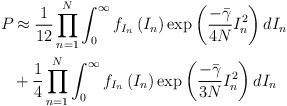
LaTeX: \begin{align*}{{P}_{}}&\approx \frac{1}{12}\prod\limits_{n=1}^{N}{\int_{0}^{\infty }{{{f}_{{{I}_{n}}}}\left( {{I}_{n}} \right)}}\exp \left( \frac{-\bar{\gamma }}{4N}I_{n}^{2} \right)d{{I}_{n}}\\&+\frac{1}{4}\prod\limits_{n=1}^{N}{\int_{0}^{\infty }{{{f}_{{{I}_{n}}}}\left( {{I}_{n}} \right)}}\exp \left( \frac{-\bar{\gamma }}{3N}I_{n}^{2} \right)d{{I}_{n}}\end{align*}